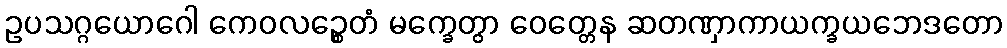
ဥပသဂ္ဂယောဂေါ ကေဝလဉ္စေတံ မက္ခေတွာ ဝေတ္တေန ဆတဏှာကာယက္ခယဘေဒတော